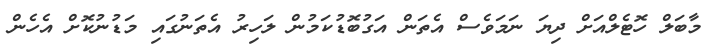
މާބަލް ހޮޓެލްއަށް ދިޔަ ނަމަވެސް އެތަން އަގުބޮޑުކަމުން ލަހިރު އެތަނުގައި މަޑުނުކޮށް އެހެން